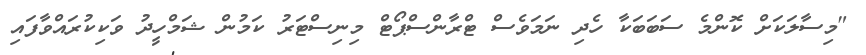
"މިސާލަކަށް ކޮންމެ ސަބަބަކާ ހެދި ނަމަވެސް ޓްރާންސްޕޯޓް މިނިސްޓަރު ކަމުން ޝަމްހީދު ވަކިކުރައްވާފައި